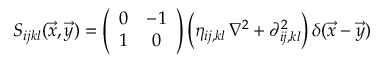
S _ { i j k l } ( \vec { x } , \vec { y } ) = \left( \begin{array} { c c } { { 0 } } & { { - 1 } } \\ { { 1 } } & { { 0 } } \end{array} \right) \Bigl ( \eta _ { i j , k l } \, \nabla ^ { 2 } + \partial _ { i j , k l } ^ { 2 } \Bigr ) \, \delta ( \vec { x } - \vec { y } )